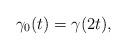
LaTeX: \begin{align*}\gamma_0(t)=\gamma(2t),\end{align*}